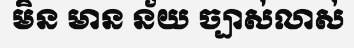
មិន មាន ន័យ ច្បាស់លាស់